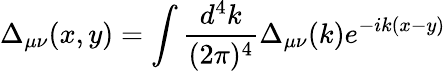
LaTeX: \Delta_{\mu\nu}(x,y)=\int{\frac{d^{4}k}{(2\pi)^{4}}}\Delta_{\mu\nu}(k)e^{-ik(x-y)}